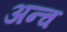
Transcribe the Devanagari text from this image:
अन्च